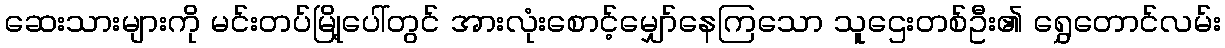
ဆေးသားများကို မင်းတပ်မြို့ပေါ်တွင် အားလုံးစောင့်မျှော်နေကြသော သူဌေးတစ်ဦး၏ ရွှေတောင်လမ်း